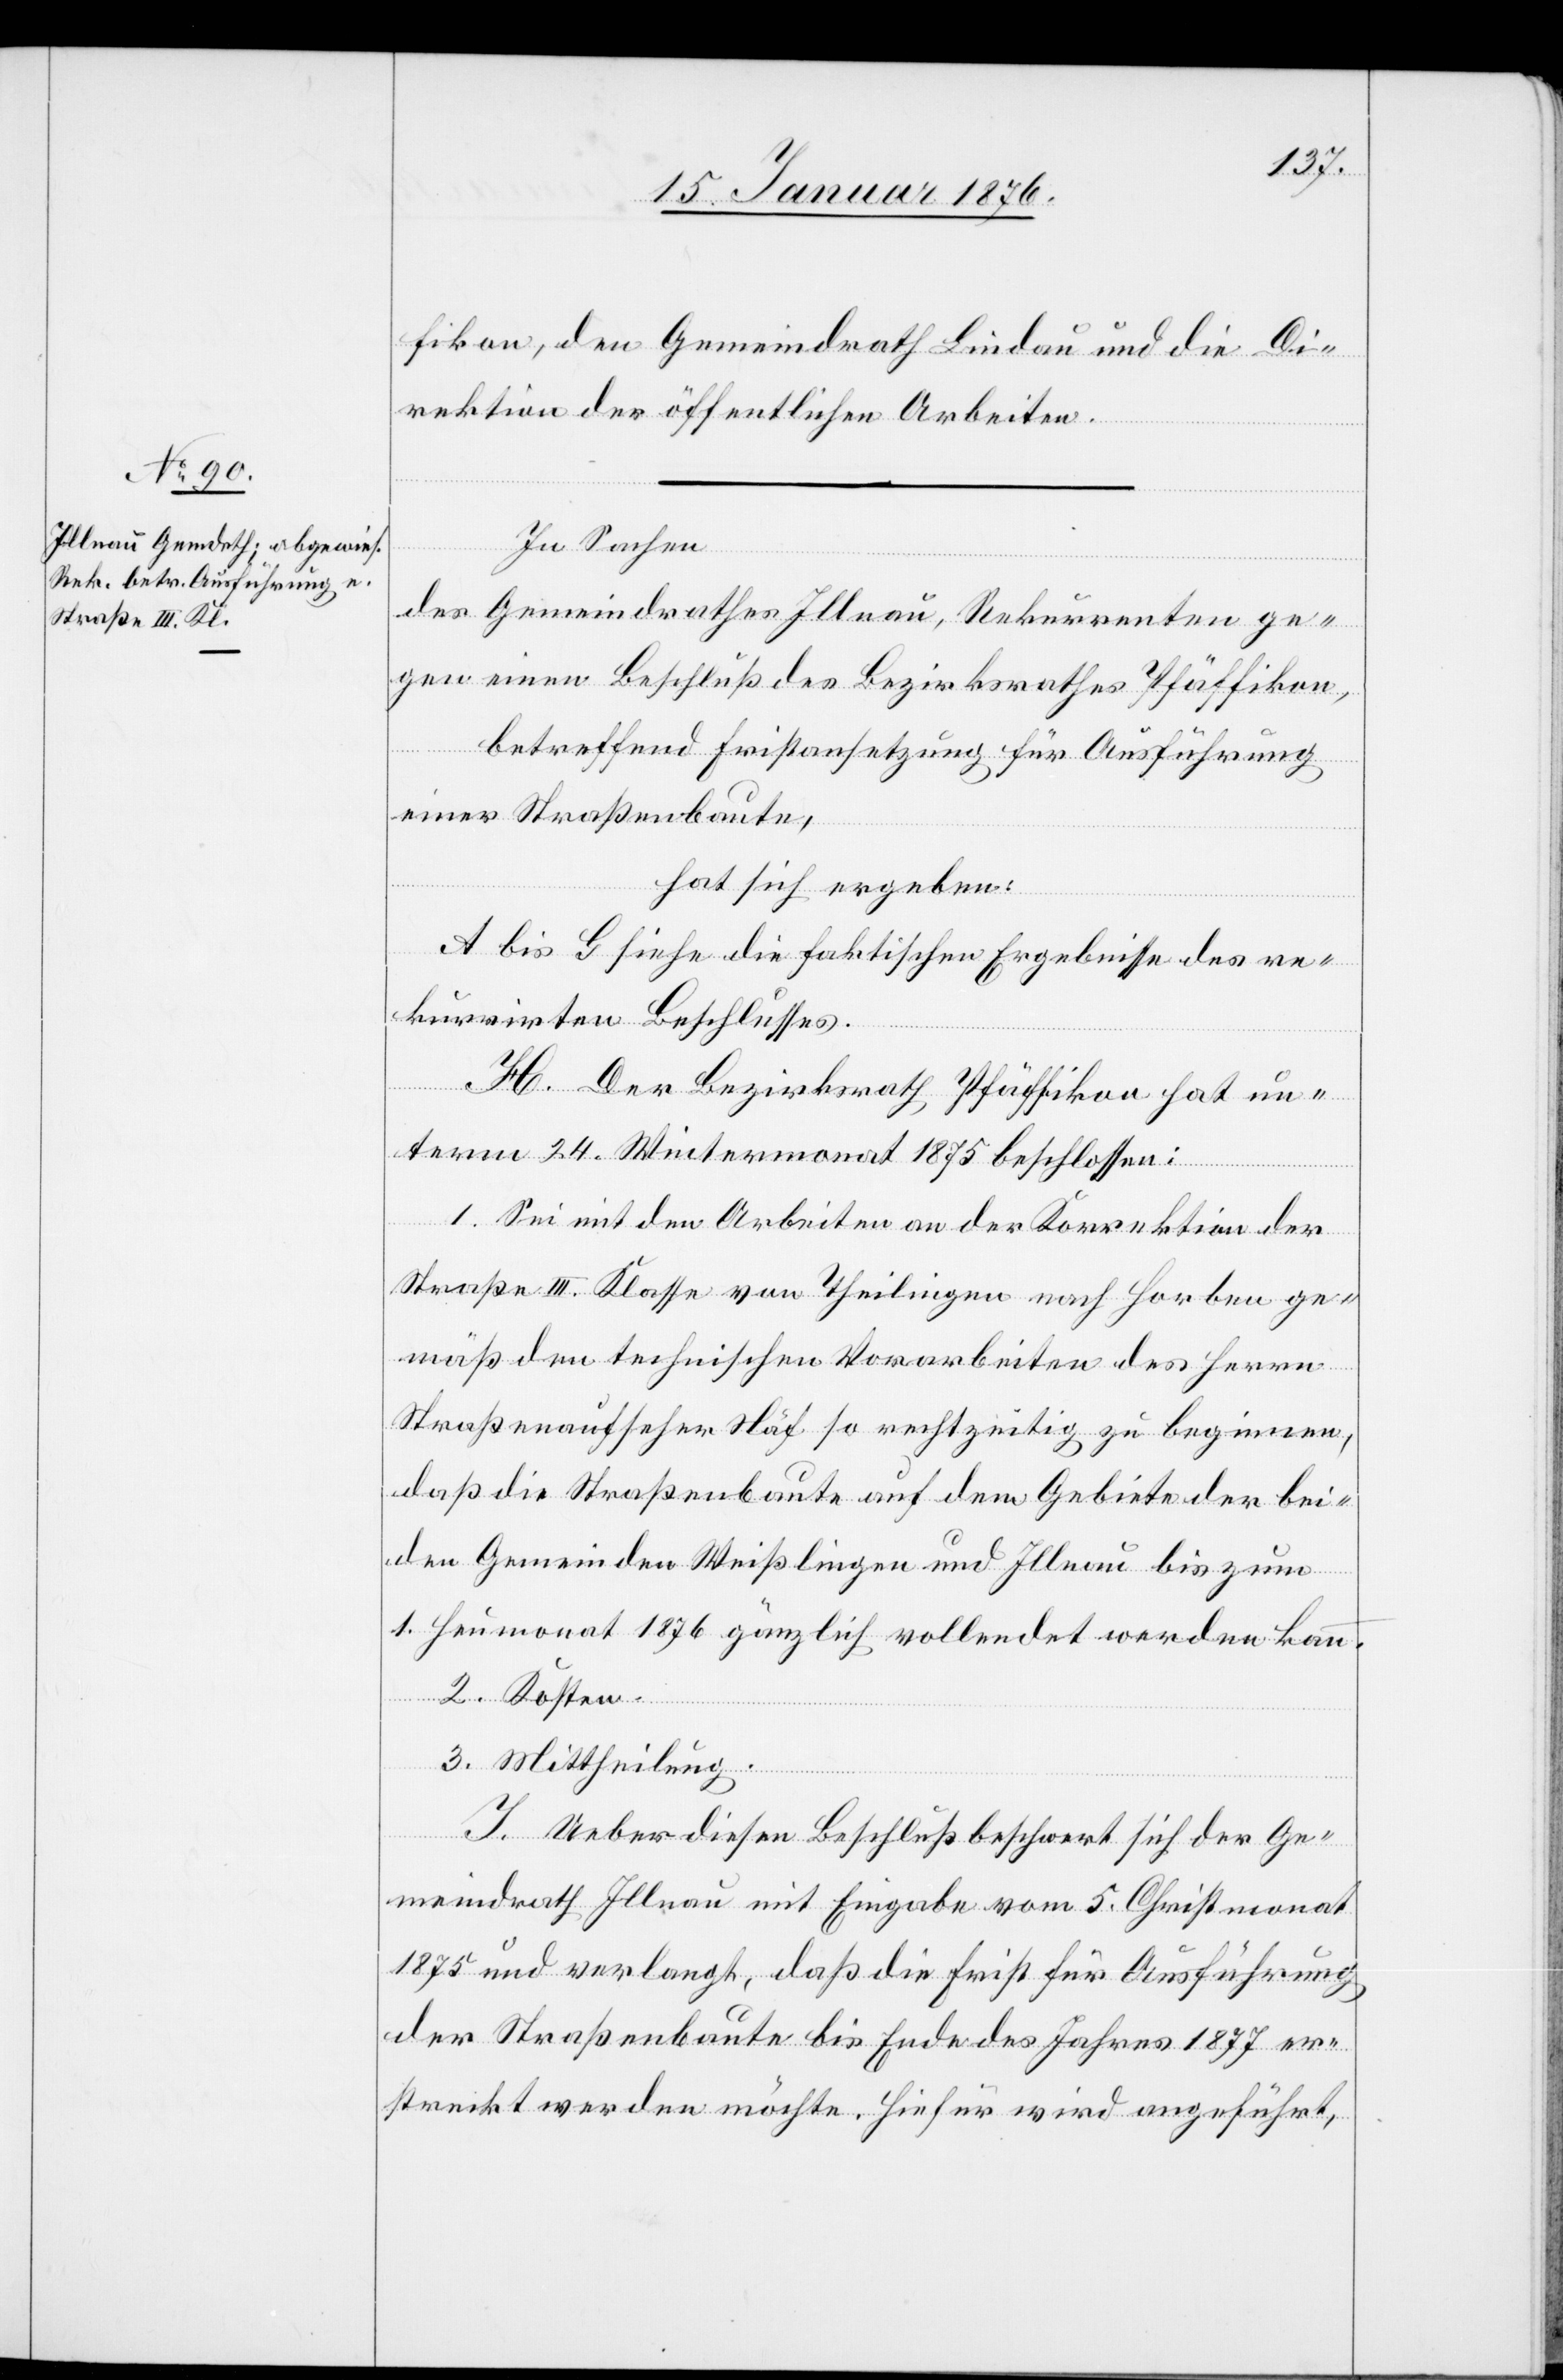
fikon, den Gemeindrath Lindau und die Di¬
rektion der öffentlichen Arbeiten.
In Sachen
des Gemeindrathes Illnau, Rekurrenten ge¬
gen einen Beschluß des Bezirksrathes Pfäffikon,
betreffend Fristansetzung für Ausführung
einer Straßenbaute,
hat sich ergeben:
A bis G siehe die faktischen Ergebnisse des re¬
kurrirten Beschlusses.
H. Der Bezirksrath Pfäffikon hat un¬
term 24. Wintermonat 1875 beschlossen:
1. Sei mit den Arbeiten an der Korrektion der
Straße III. Klasse von Theilingen nach Horben ge¬
mäß den technischen Vorarbeiten des Herrn
Straßenaufseher Näf so rechtzeitig zu beginnen,
daß die Straßenbaute auf dem Gebiete der bei¬
den Gemeinden Weißlingen und Illnau bis zum
1. Heumonat 1876 gänzlich vollendet werden kann.
2. Kosten.
3. Mittheilung.
I. Ueber diesen Beschluß beschwert sich der Ge¬
meindrath Illnau mit Eingabe vom 5. Christmonat
1875 und verlangt, daß die Frist für Ausführung
der Straßenbaute bis Ende des Jahres 1877 er¬
streckt werden möchte. Hiefür wird angeführt,